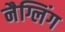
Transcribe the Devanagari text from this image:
नैग्लिंग